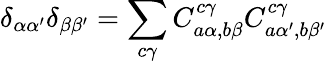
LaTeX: \delta_{\alpha\alpha^{\prime}}\delta_{\beta\beta^{\prime}}=\sum_{c\gamma}C_{a\alpha,b\beta}^{c\gamma}C_{a\alpha^{\prime},b\beta^{\prime}}^{c\gamma}